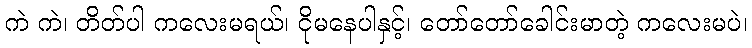
ကဲ ကဲ၊ တိတ်ပါ ကလေးမရယ်၊ ငိုမနေပါနှင့်၊ တော်တော်ခေါင်းမာတဲ့ ကလေးမပဲ၊